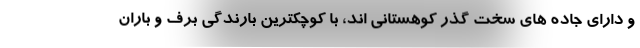
و دارای جاده های سخت گذر کوهستانی اند، با کوچکترین بارندگی برف و باران